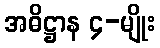
အဓိဋ္ဌာန ၄-မျိုး